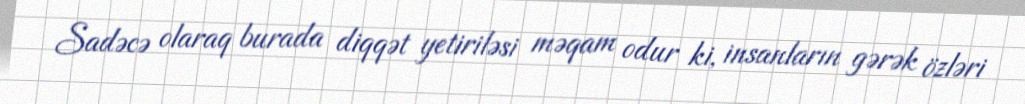
Sadəcə olaraq burada diqqət yetiriləsi məqam odur ki, insanların gərək özləri